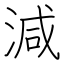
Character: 減